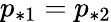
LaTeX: p_{*1}=p_{*2}